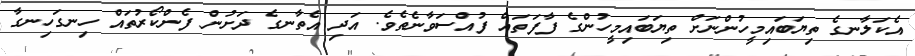
އެކަލާނގެ ތިޔަބައިމީހުންނަށް ތިޔަބައިމީހުންގެ ފާފަތައް ފުއްސަވާނެތެވެ. އަދި އެތާނގެ ދަށުން ފެންކޯރުތައް ހިނގަހިނގާ